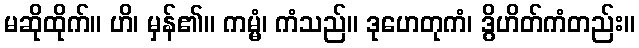
မဆိုထိုက်။ ဟိ၊ မှန်၏။ ကမ္မံ၊ ကံသည်။ ဒုဟေတုကံ၊ ဒွိဟိတ်ကံတည်း။